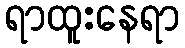
ရာထူးနေရာ